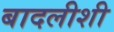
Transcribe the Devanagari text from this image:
बादलीशी